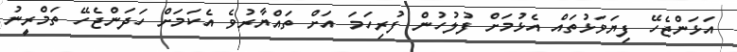
އަޅަންޖެހޭ ފިޔަވަޅުތައް އެޅުމަށް ފުލުހުން ފުރިހަމަ އަށް ތައްޔާރުވެ އެކަމަށް ހަދަންޖެހޭ ތަމްރީނު